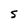
Character: S